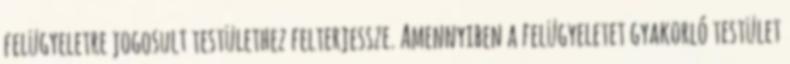
felügyeletre jogosult testülethez felterjessze. Amennyiben a felügyeletet gyakorló testület